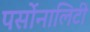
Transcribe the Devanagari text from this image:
पर्सोनालिटी